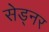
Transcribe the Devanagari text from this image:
सेड्नर